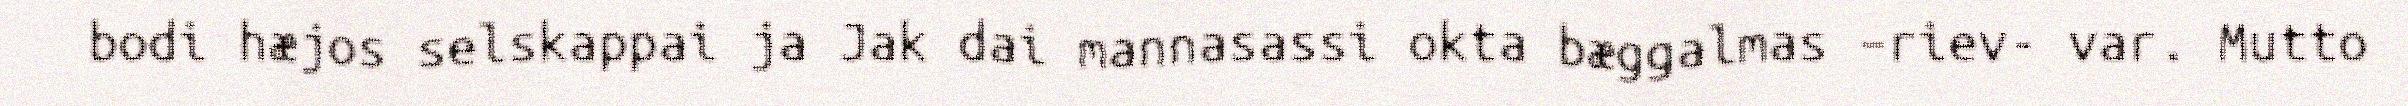
bodi hæjos selskappai ja Jak dai mannasassi okta bæggalmas –riev- var. Mutto